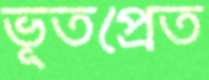
ভূতপ্রেত